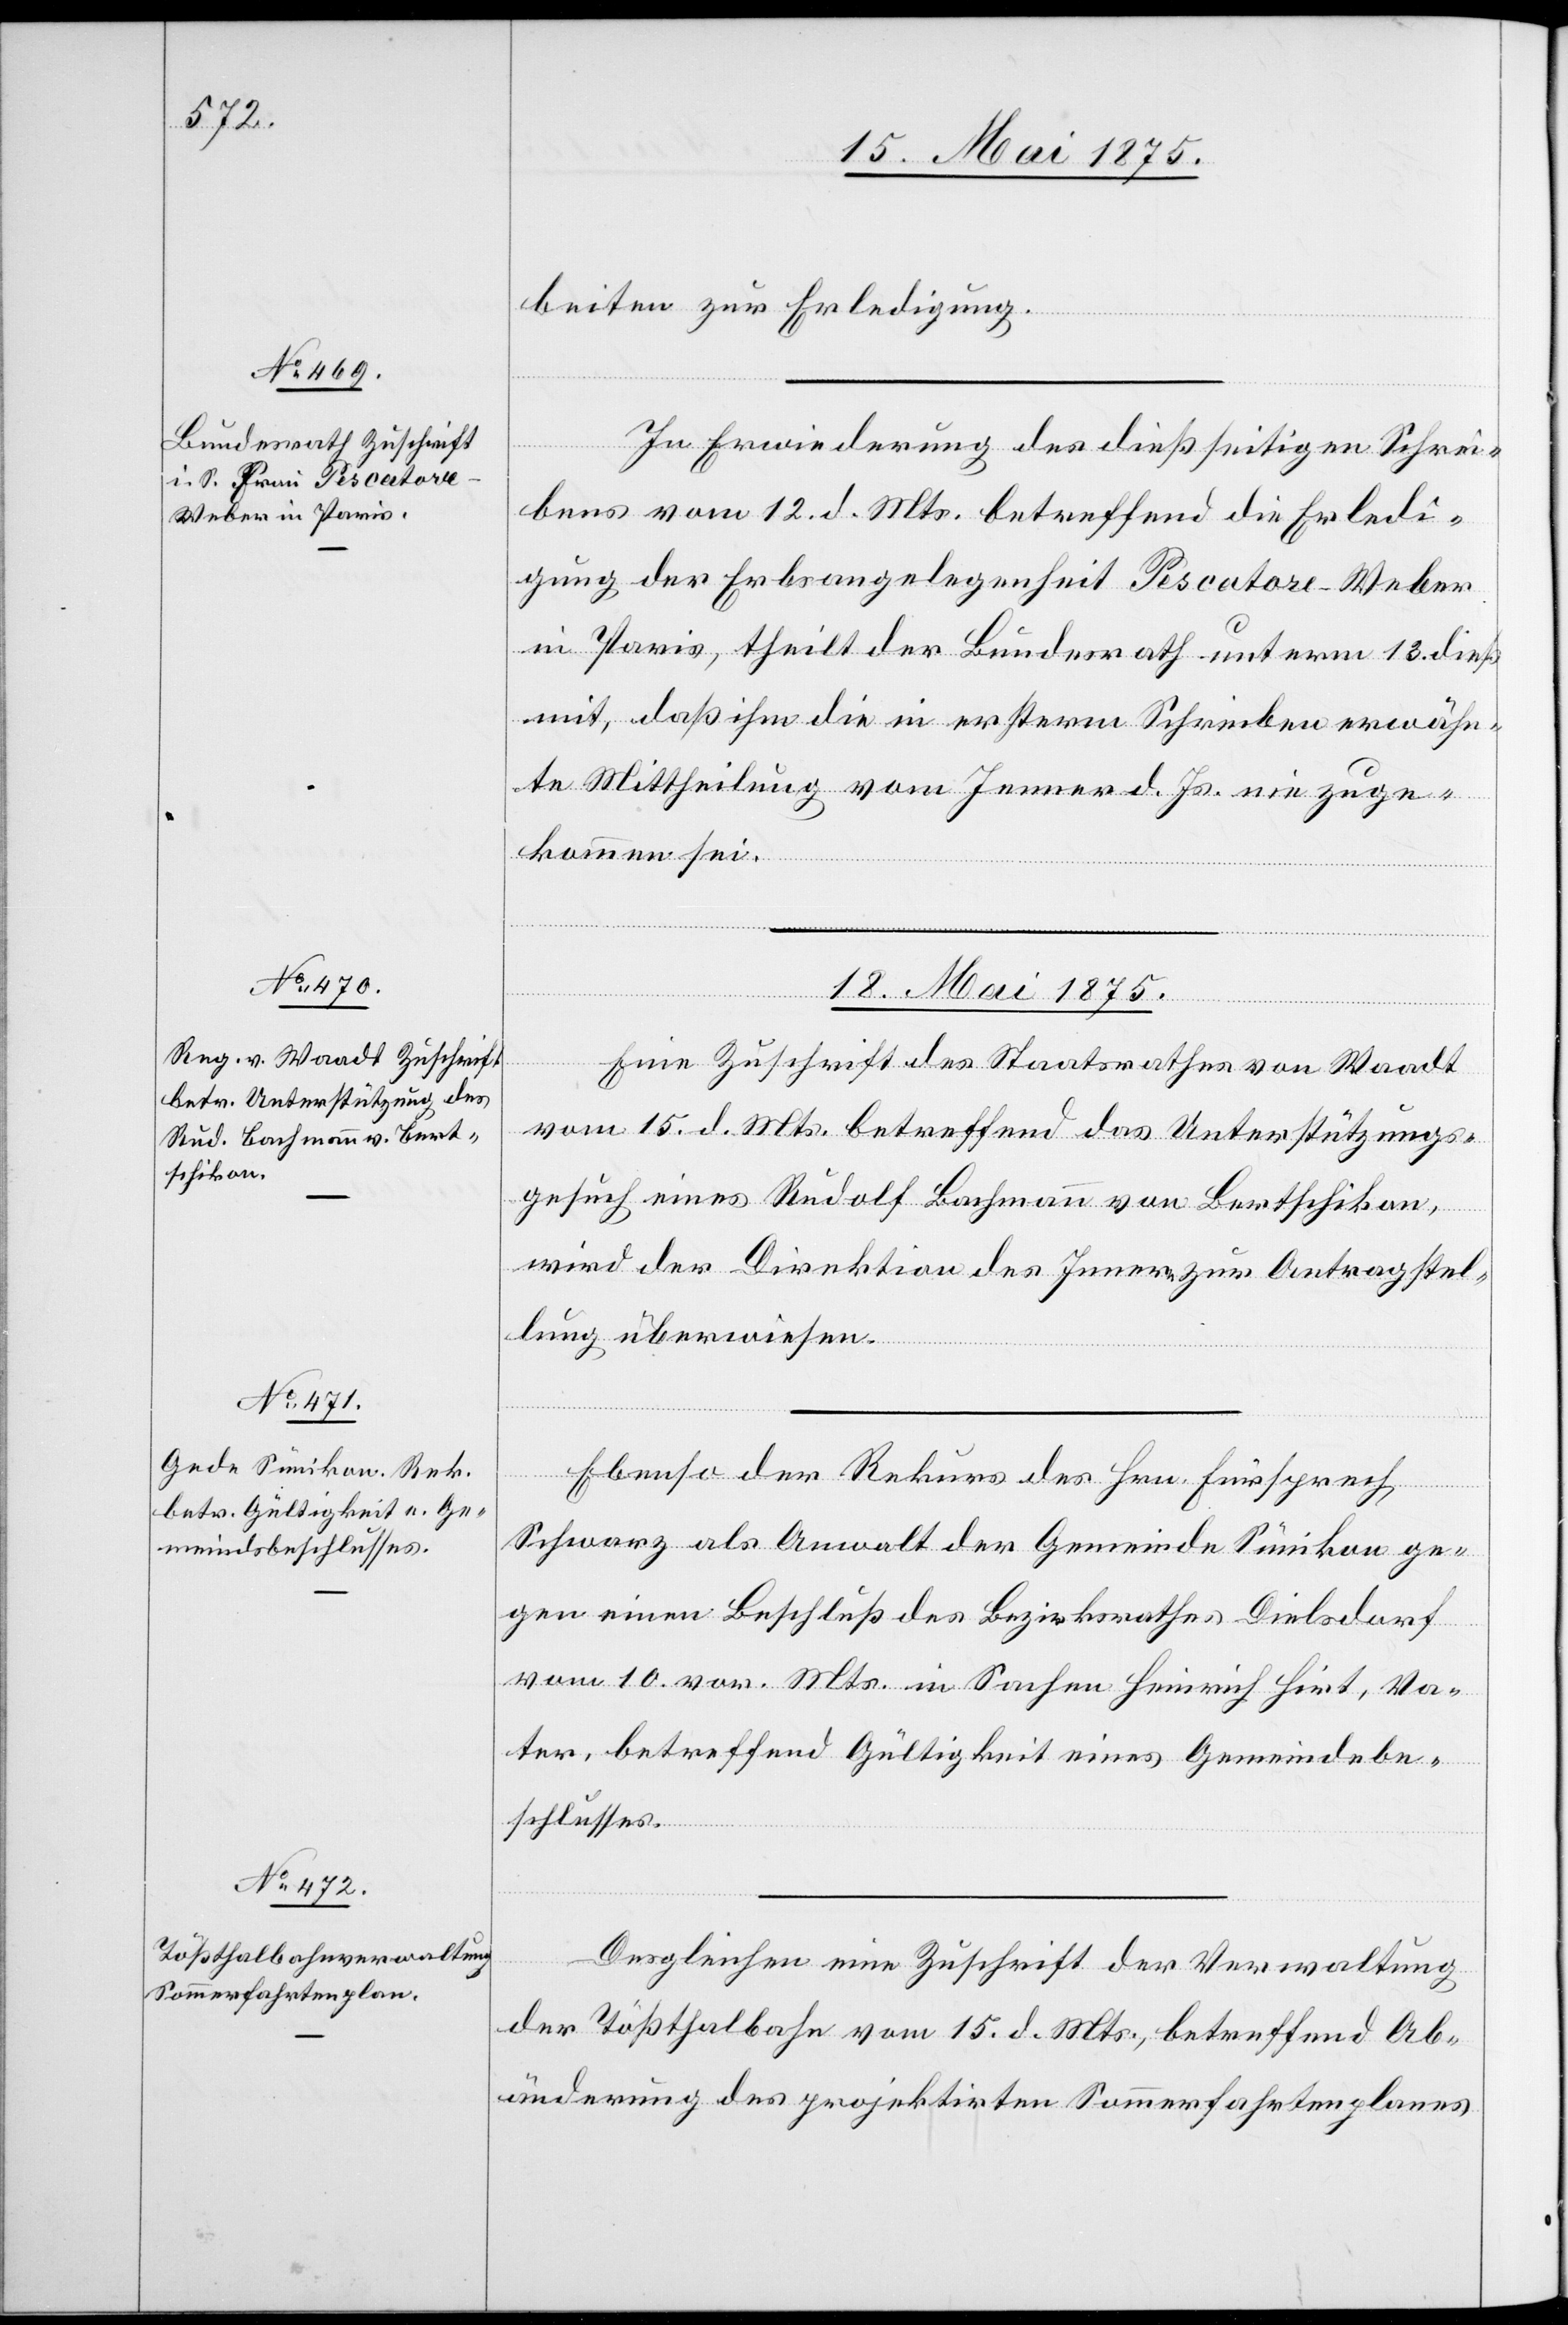
15. Mai 1875.]
beiten zur Erledigung.
In Erwiederung des dießseitigen Schrei¬
bens vom 12. d. Mts. betreffend die Erledi¬
gung der Erbsangelegenheit Pescatore-Weber
in Paris, theilt der Bundesrath unter 13. dieß.
mit, daß ihm die in ersterm Schreiben erwähn¬
te Mittheilung vom Jenner d. Js nie zuge¬
kommen sei.
18. Mai 1875.]
Eine Zuschrift des Staatsrathes von Waadt
vom 15. d. Mts. betreffend das Unterstützungs¬
gesuch eines Rudolf Bachmann von Bertschikon,
wird der Direktion des Innern zur Antragstel¬
lung überwiesen.
Ebenso der Rekurs des Hrn. Fürsprech
Schwarz als Anwalt der Gemeinde Sünikon ge¬
gen einen Beschluß des Bezirksrathes Dielsdorf
vom 10. vor. Mts. in Sachen Heinrich Hirt, Va¬
ter, betreffend Gültigkeit eines Gemeindebe¬
schlusses.
Desgleichen eine Zuschrift der Verwaltung
der Tößthalbahn vom 15. d. Mts., betreffend Ab¬
änderung des projektirten Sommerfahrtenplanes